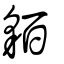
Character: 貊